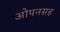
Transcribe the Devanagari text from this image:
ओपनसह